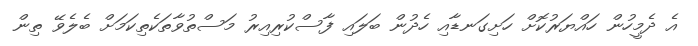
އެ ދެމީހުން ހައްޔަރުކޮށް ހަށިގަނޑާއި ހެދުން ބަލައި ފާސްކުރިއިރު މަސްތުވާތަކެތިކަމަށް ބެލެވޭ ތިން